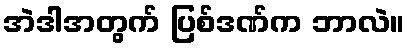
အဲဒါအတွက် ပြစ်ဒဏ်က ဘာလဲ။